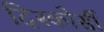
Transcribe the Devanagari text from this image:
दिस्कोर्सी